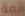
قمة